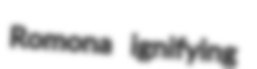
Romona ignifying